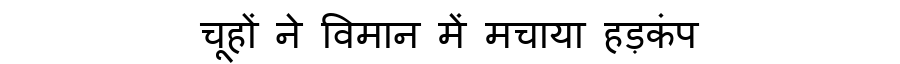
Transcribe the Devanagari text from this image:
चूहों ने विमान में मचाया हड़कंप